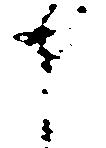
申